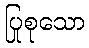
ပြုစုသော